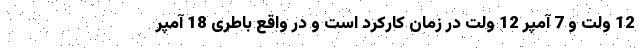
12 ولت و 7 آمپر 12 ولت در زمان کارکرد است و در واقع باطری 18 آمپر